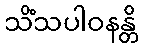
သိံသပါဝနန္တိ